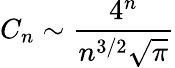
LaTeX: C_{n}\sim{\frac{4^{n}}{n^{3/2}{\sqrt{\pi}}}}